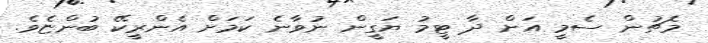
މެޗުން ސެމީ އަށް ދާ ޓީމު ޔަގީން ނުވާނެ ކަމަށް އެންރީކޭ ބުންޏެވެ.